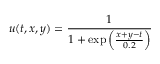
u ( t , x , y ) = \frac { 1 } { { 1 + \exp \left( { \frac { { x + y - t } } { { 0 . 2 } } } \right) } }